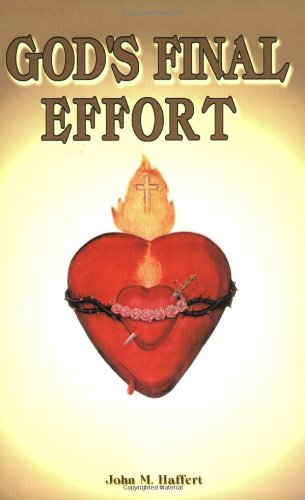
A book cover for God's Final Effort; John M. Haffert; Christian Books & Bibles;